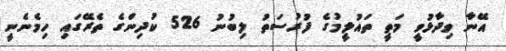
އޭނާ ވިދާޅުވީ މަތީ ތައުލީމުގެ ފުރުސަތު ލިބުނު 526 ކުދިންގެ ތެރޭގައި ހިމެނެނީ